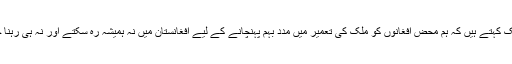
آپ ٹھیک کہتے ہیں کہ ہم محض افغانوں کو ملک کی تعمیر میں مدد بہم پہنچانے کے لیے افغانستان میں نہ ہمیشہ رہ سکتے اور نہ ہی رہنا چاہئے ۔